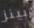
بينز